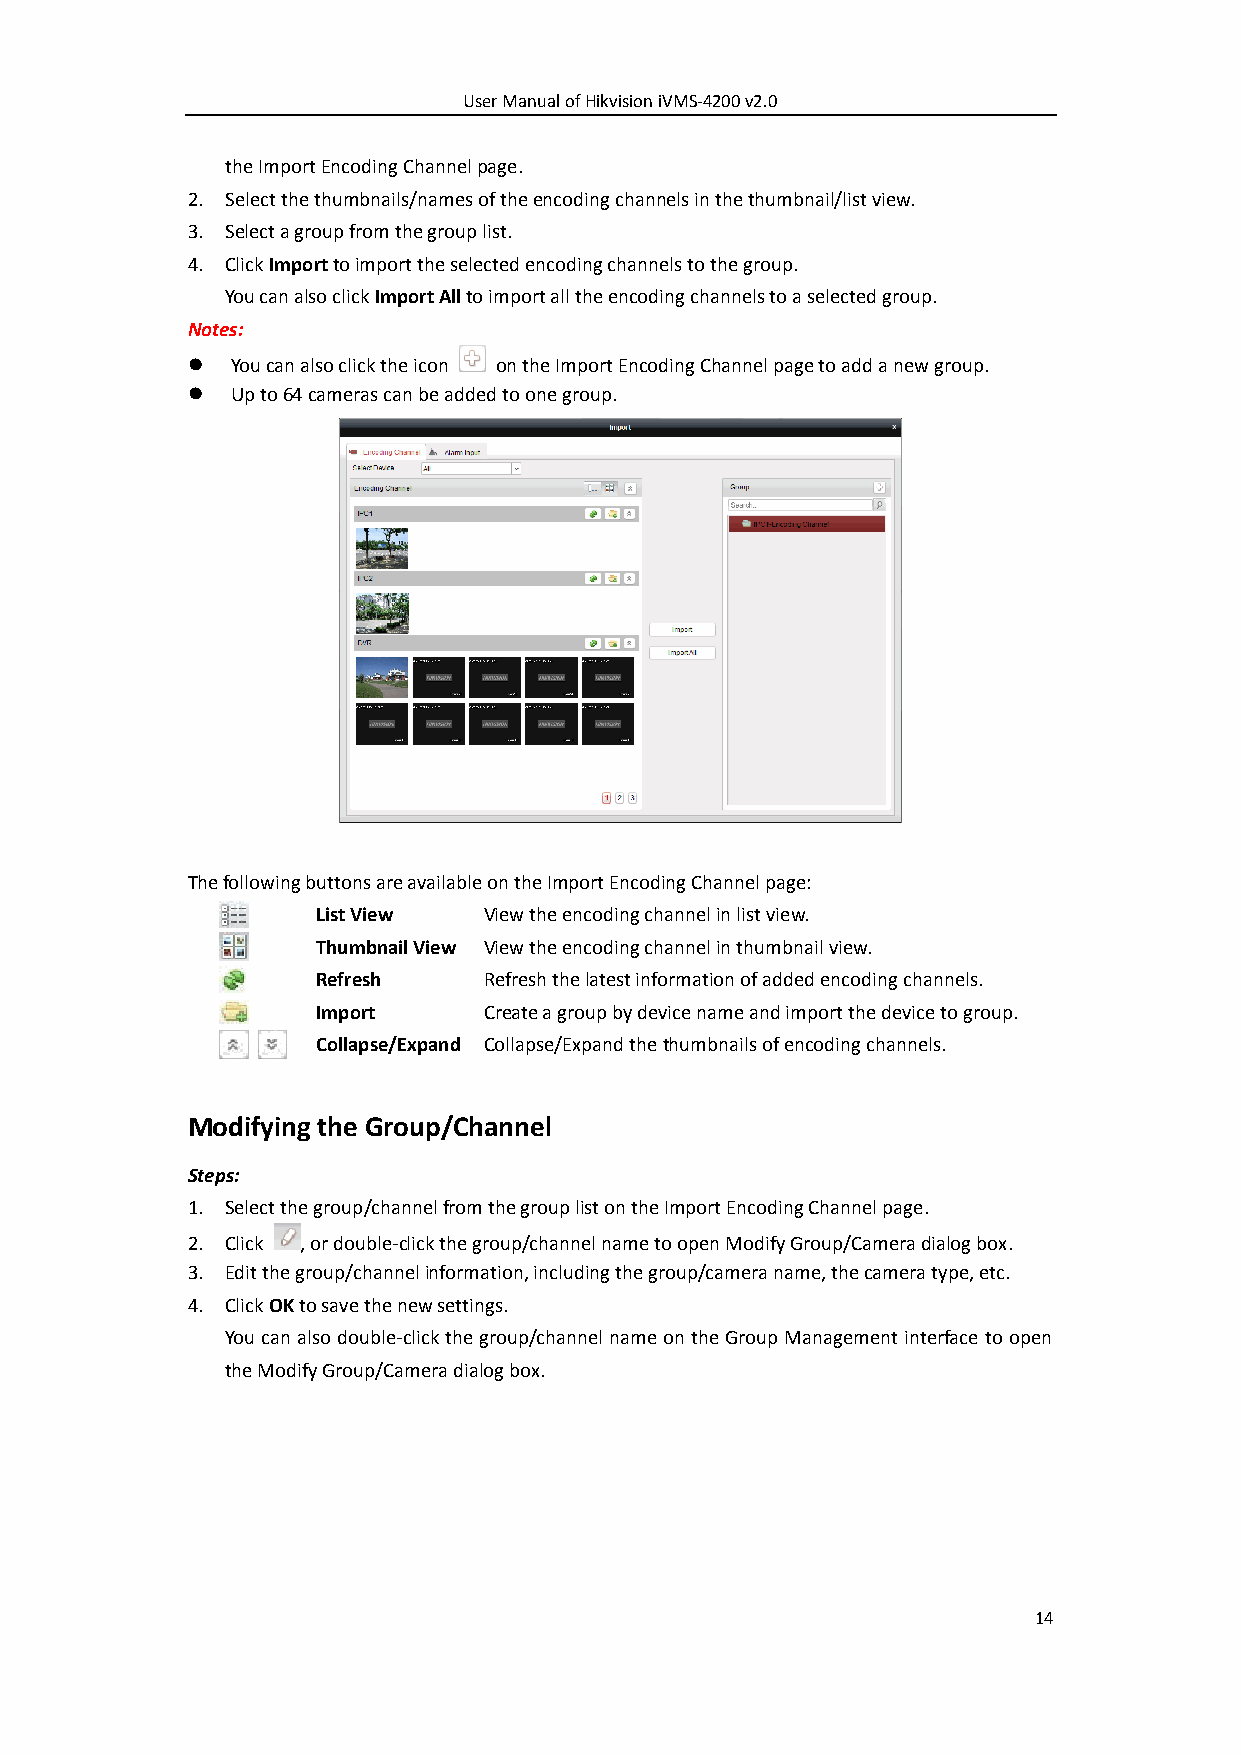
User Manual of Hikvision iVMS-4200 v2.0
 the Import Encoding Channel page.
 2. Select the thumbnails/names of the encoding channels in the thumbnail/list view.
 3. Select a group from the group list.
 4. Click Import to import the selected encoding channels to the group.
 You can also click Import All to import all the encoding channels to a selected group.
 Notes:
   You can also click the icon on the Import Encoding Channel page to add a new group.
   Up to 64 cameras can be added to one group.
 The following buttons are available on the Import Encoding Channel page:
 List View  View the encoding channel in list view.
 Thumbnail View View the encoding channel in thumbnail view.
 Refresh    Refresh the latest information of added encoding channels.
 Import     Create a group by device name and import the device to group.
 Collapse/Expand Collapse/Expand the thumbnails of encoding channels.
 Modifying the Group/Channel
 Steps:
 1. Select the group/channel from the group list on the Import Encoding Channel page.
 2. Click , or double-click the group/channel name to open Modify Group/Camera dialog box.
 3. Edit the group/channel information, including the group/camera name, the camera type, etc.
 4. Click OK to save the new settings.
 You can also double-click the group/channel name on the Group Management interface to open
 the Modify Group/Camera dialog box.
 14